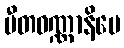
ပီတဝဏ္ဏာနိပေ